Madras plague regulations and rules - Volume 1
Disease focus: Plague
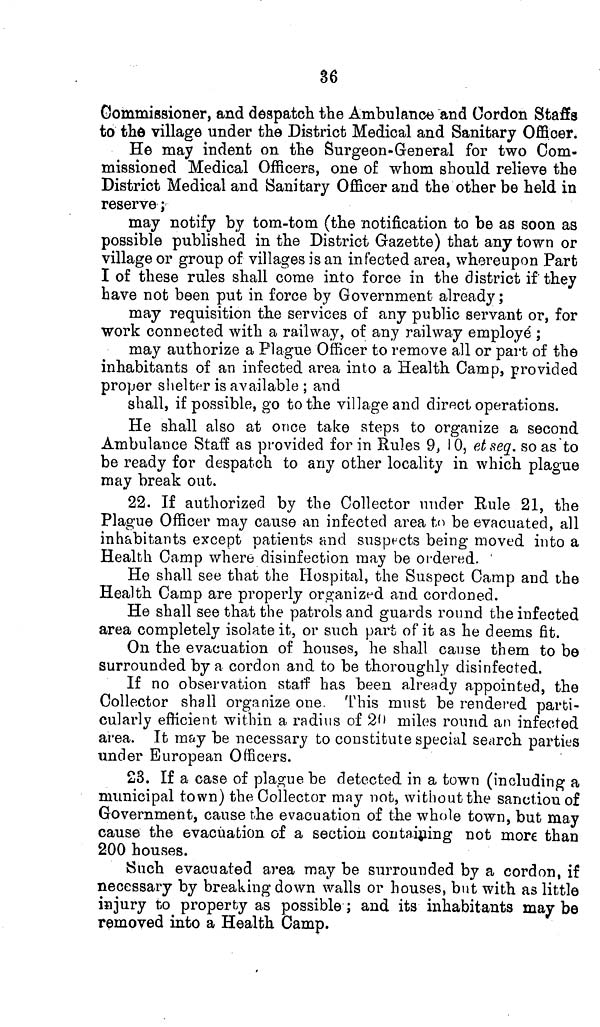
36
Commissioner, and despatch the Ambulance and Cordon Staffs
to the village under the District Medical and Sanitary Officer.
He may indent on the Surgeon-General for two Com-
missioned Medical Officers, one of whom should relieve the
District Medical and Sanitary Officer and the other be held in
reserve;
may notify by tom-tom (the notification to be as soon as
possible published in the District Gazette) that any town or
village or group of villages is an infected area, whereupon Part
I of these rules shall come into force in the district if they
have not been put in force by Government already;
may requisition the services of any public servant or, for
work connected with a railway, of any railway employé;
may authorize a Plague Officer to remove all or part of the
inhabitants of an infected area into a Health Camp, provided
proper shelter is available ; and
shall, if possible, go to the village and direct operations.
He shall also at once take steps to organize a second
Ambulance Staff as provided for in Rules 9, 10, et seq. so as to
be ready for despatch to any other locality in which plague
may break out.
22. If authorized by the Collector under Rule 21, the
Plague Officer may cause an infected area to be evacuated, all
inhabitants except patients and suspects being moved into a
Health Camp where disinfection may be ordered.
He shall see that the Hospital, the Suspect Camp and the
Health Camp are properly organized and cordoned.
He shall see that the patrols and guards round the infected
area completely isolate it, or such part of it as he deems fit.
On the evacuation of houses, he shall cause them to be
surrounded by a cordon and to be thoroughly disinfected.
If no observation staff has been already appointed, the
Collector shall organize one. This must be rendered parti-
cularly efficient within a radius of 20 miles round an infected
area. It may be necessary to constitute special search parties
under European Officers.
23. If a case of plague be detected in a town (including a
municipal town) the Collector may not, without the sanction of
Government, cause the evacuation of the whole town, but may
cause the evacuation of a section containing not more than
200 houses.
Such evacuated area may be surrounded by a cordon, if
necessary by breaking down walls or houses, but with as little
injury to property as possible; and its inhabitants may be
removed into a Health Camp.